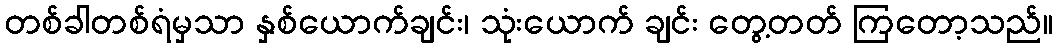
တစ်ခါတစ်ရံမှသာ နှစ်ယောက်ချင်း၊ သုံးယောက် ချင်း တွေ့တတ် ကြတော့သည်။